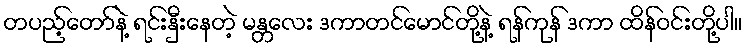
တပည့်တော်နဲ့ ရင်းနှီးနေတဲ့ မန္တလေး ဒကာတင်မောင်တို့နဲ့ ရန်ကုန် ဒကာ ထိန်ဝင်းတို့ပါ။